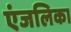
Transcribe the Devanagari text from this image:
एंजलिका